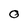
Character: O